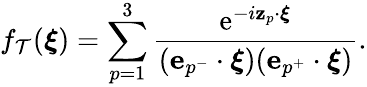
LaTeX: f_{\mathcal{T}}(\boldsymbol{\xi})=\sum_{p=1}^{3}\frac{\mathrm{e}^{-i\mathbf{z}_{p}\cdot\boldsymbol{\xi}}}{(\textbf{e}_{p^{-}}\cdot\boldsymbol{\xi})(\textbf{e}_{p^{+}}\cdot\boldsymbol{\xi})}.